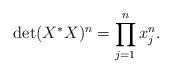
\begin{align*}\det(X^*X)^n = \prod_{j=1}^n x_j^n.\end{align*}